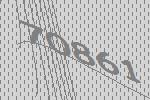
70861